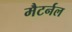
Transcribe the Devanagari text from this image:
मैटर्नल